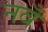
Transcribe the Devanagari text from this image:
नवँ